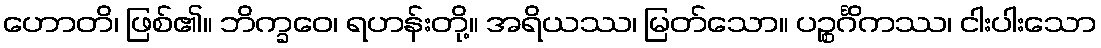
ဟောတိ၊ ဖြစ်၏။ ဘိက္ခဝေ၊ ရဟန်းတို့။ အရိယဿ၊ မြတ်သော။ ပဉ္စင်္ဂိကဿ၊ ငါးပါးသော